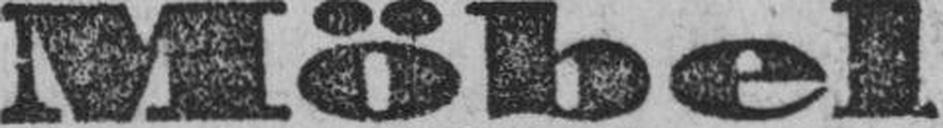
Möbel